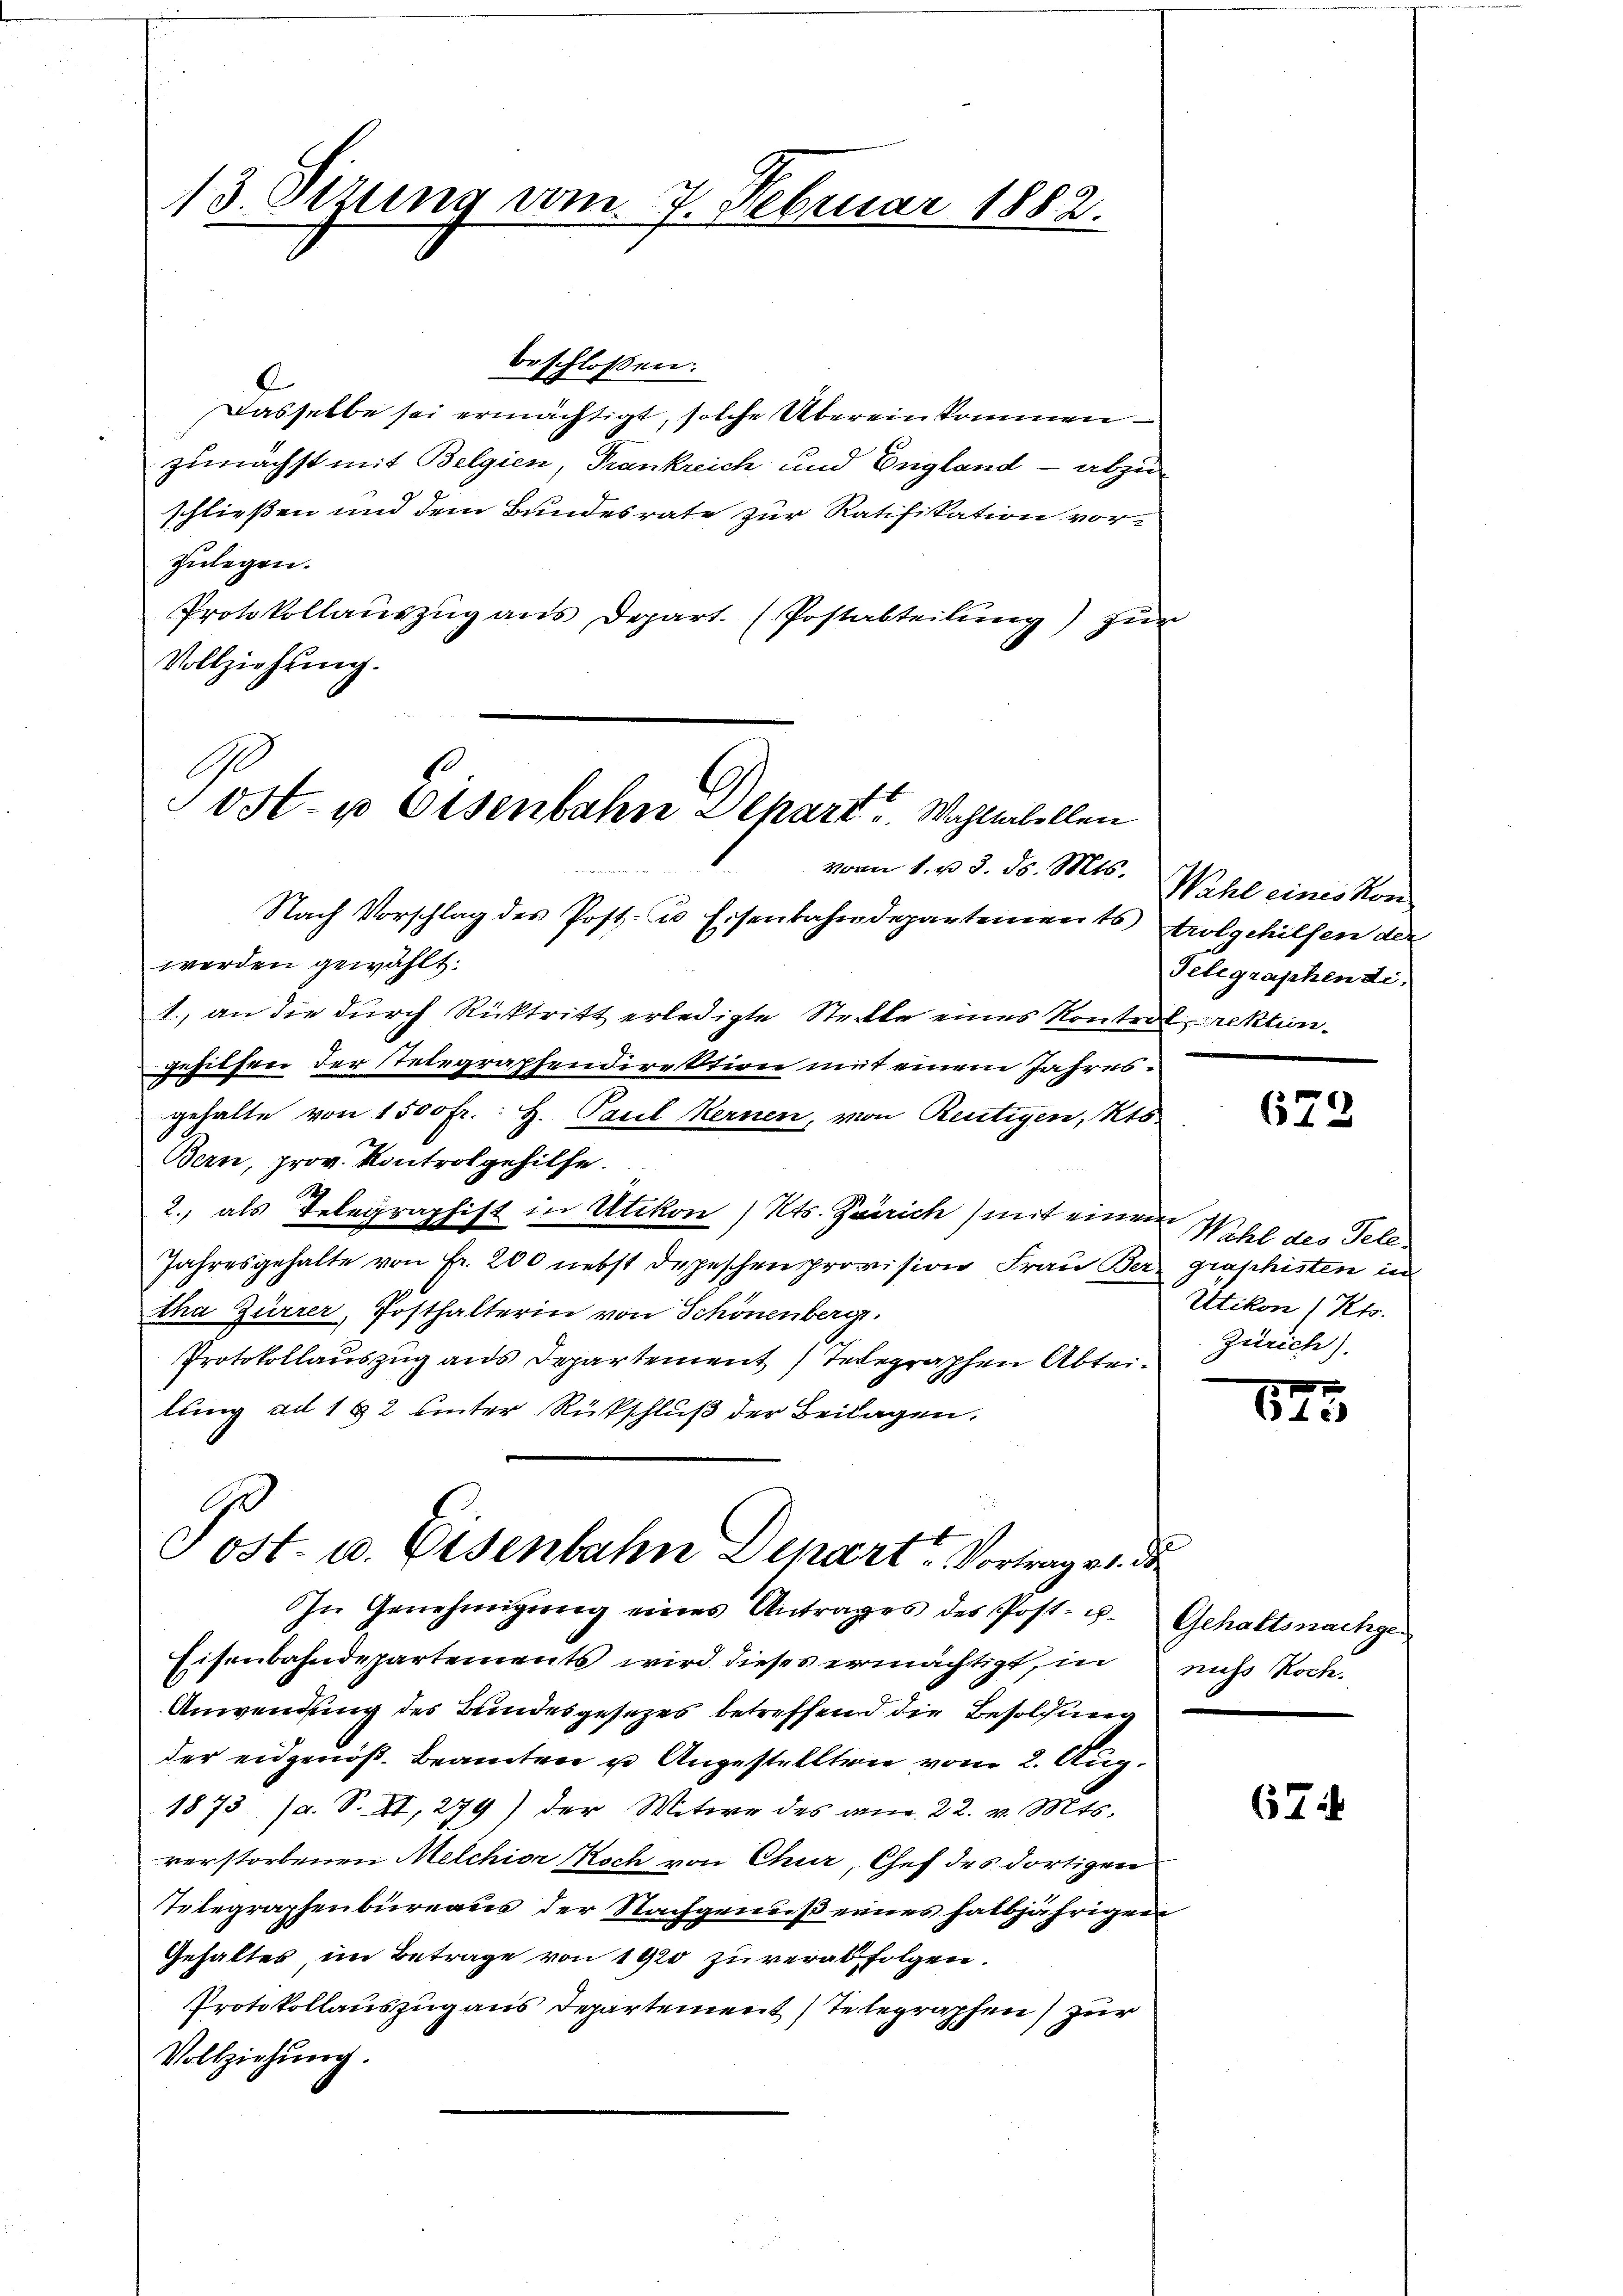
Dasselbe sei ermächtigt, solche Übereinkommenzunächst mit Belgien, Trankreich und England - abzuschließen und dem Bundesrate zur Ratifikation vor-
zulegen.
Protokollaŭszŭg ans Depart. (Postabteilung) zur
Vollziehung.

13 Sizung vom 7. Februar 1882.

beschlossen:

ost- u Eisenbahn Depart? Wohlwollen
vom 1. u 3. ds. Mts.

Nach Vorschlag des Post- u Eisenbahndepartements trolgehilfen der
werden gewählt.
1., an die durch Rücktritt erledigte Steckte eines Kontrollektungehilfen der Telegraphendirektion mit einem Jahresgehalte von 1500 fr.: H. Paul Kernen, von Reutigen, Kts
Bern, prov. Kontrol gehilfe.
2., als Telegraphist in Utikon, Kts. Zürich) mit einem
Jahresgehalte von Fr. 200 nebst depeschen provision Frau Ber graphisten in
tha Zürrer, Posthalterin von Schönenberg.
Protokollauszug aus Departement Telegraphen Abteilung ad 182 hinter Rückschluß der Beilagen.

.
Post- u. Eisenbahn Depart. Vortrag er
In Genehmigŭng eines Antrages des Post- u. Gehaltsnachge¬
Eisenbahndepartements wird dieses ermächtigt, in nicht Rock.

Anwendung des Bundesgesezes betreffend die Besoldung
der eidgenoß. Beamten u Angestellten vom 2. Aug.
1873 (a. S. II, 279) der Witwe des am 22. v. Mts.
verstorbenen Melchior Noch von Chur, Chef des dortigen
Telegraphenbureaus der Nachgenuß eines halbjährigen
Gehaltes, im Betrage von 1920 zu verabfolgen.
Protokollauszug aus Departement Telegraphen) zur
Vollziehung.

Wahl eines Kon
Telegraphen di

673

Wahl des Tele
Utikon (Kts.
Zürich).

625

674